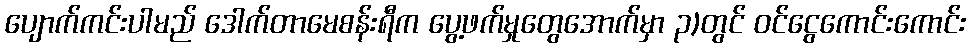
ပျောက်ကင်းပါမည် ဒေါက်တာမေစန်းရီက ပွေ့ဖက်မှုတွေအောက်မှာ ၃)တွင် ဝင်ငွေကောင်းကောင်း